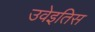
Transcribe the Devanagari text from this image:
उवेइतिस